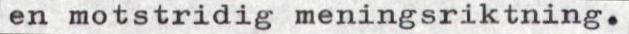
en motstridig meningsriktning.